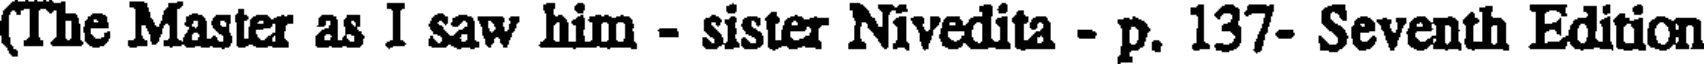
(The Master as I saw him - sister Nivedita - p. 137- Seventh Edition